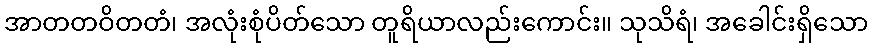
အာတတဝိတတံ၊ အလုံးစုံပိတ်သော တူရိယာလည်းကောင်း။ သုသိရံ၊ အခေါင်းရှိသော